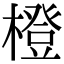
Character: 橙